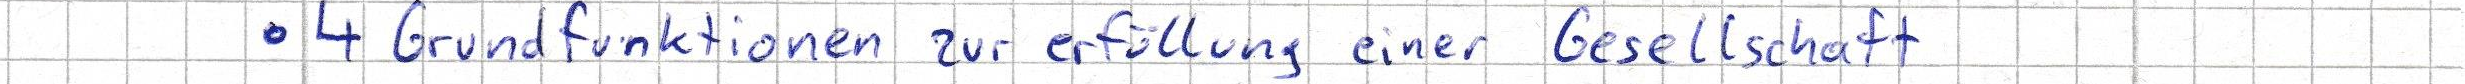
4 Grundfunktionen zur erfüllung einer Gesellschaft